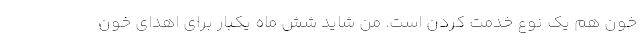
خون هم یک نوع خدمت کردن است. من شاید شش ماه یکبار برای اهدای خون